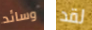
وسائد لقد